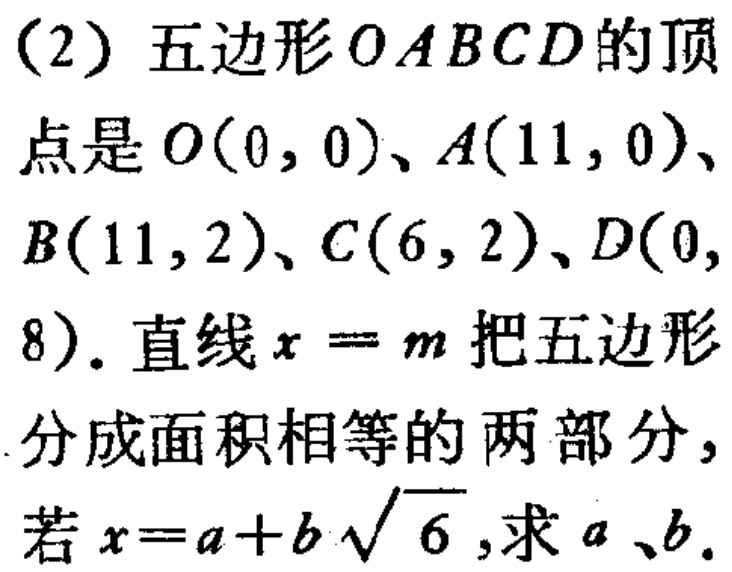
（2）五边形\(OABCD\)的顶点是\(O(0,0)\)、\(A(11,0)\)、\(B(11,2)\)、\(C(6,2)\)、\(D(0,8)\). 直线\(x = m\)把五边形分成面积相等的两部分，若\(x=a + b\sqrt{6}\)，求\(a\)、\(b\).